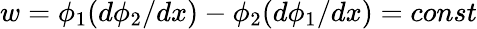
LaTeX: w=\phi_{1}(d\phi_{2}/dx)-\phi_{2}(d\phi_{1}/dx)=const